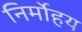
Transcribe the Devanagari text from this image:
निर्मोहय